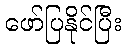
ဖော်ပြနိုင်ပြီး